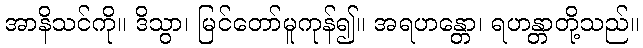
အာနိသင်ကို။ ဒိသွာ၊ မြင်တော်မူကုန်၍။ အရဟန္တော၊ ရဟန္တာတို့သည်။